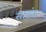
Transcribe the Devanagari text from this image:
साद्रंता